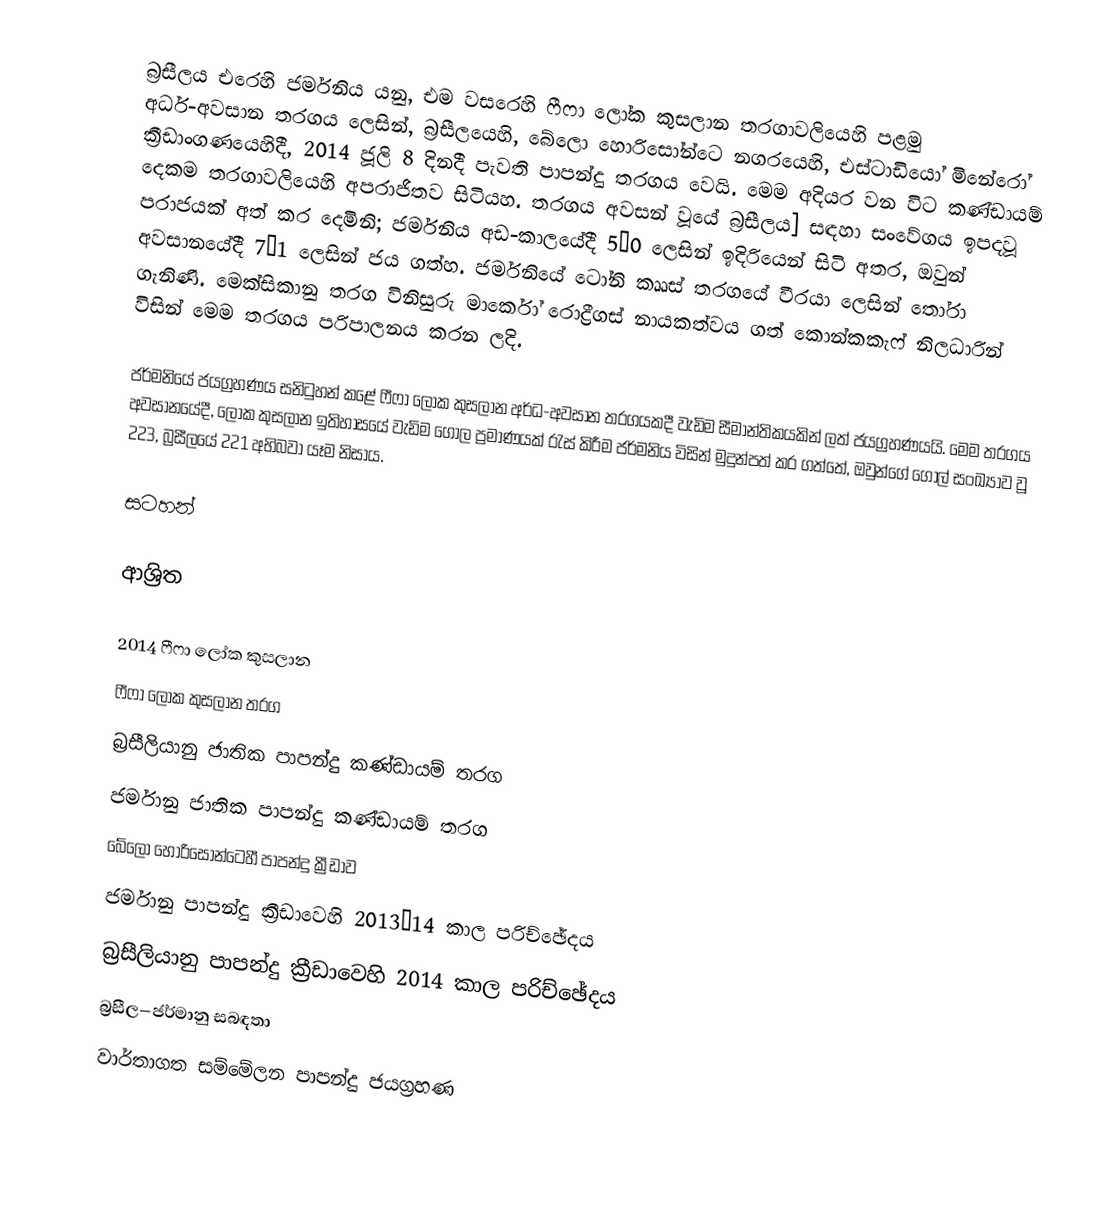
බ්‍රසීලය එරෙහි ජර්මනිය යනු, එම වසරෙහි ෆීෆා ලෝක කුසලාන තරගාවලියෙහි පළමු අර්ධ-අවසාන තරගය ලෙසින්, බ්‍රසීලයෙහි, බේලො හොරිසෝන්ටෙ නගරයෙහි, එස්ටාඩියෝ මිනේරෝ ක්‍රීඩාංගණයෙහිදී, 2014 ජූලි 8 දිනදී පැවති පාපන්දු තරගය වෙයි. මෙම අදියර වන විට කණ්ඩායම් දෙකම තරගාවලියෙහි අපරාජිතව සිටියහ. තරගය අවසන් වූයේ  බ්‍රසීලය] සඳහා සංවේගය ඉපදවූ පරාජයක් අත් කර දෙමිනි; ජර්මනිය අඩ-කාලයේදී 5–0 ලෙසින් ඉදිරියෙන් සිටි අතර, ඔවුන් අවසානයේදී 7–1 ලෙසින් ජය ගත්හ. ජර්මනියේ ටෝනි කෲස් තරගයේ වීරයා ලෙසින් තෝරා ගැනිණි. මෙක්සිකානු තරග විනිසුරු  මාර්කෝ රොද්‍රීගස් නායකත්වය ගත්  කොන්කකැෆ්  නිලධාරින් විසින් මෙම තරගය පරිපාලනය කරන ලදි.

ජර්මනියේ ජයග්‍රහණය සනිටුහන් කළේ ෆීෆා ලෝක කුසලාන අර්ධ-අවසාන තරගයකදී වැඩිම සීමාන්තිකයකින් ලත් ජයග්‍රහණයයි. මෙම තරගය අවසානයේදී, ලෝක කුසලාන ඉතිහාසයේ වැඩිම ගෝල ප්‍රමාණයක් රැස් කිරීම ජර්මනිය විසින් මුදුන්පත් කර ගත්තේ, ඔවුන්ගේ ගෝල් සංඛ්‍යාව වූ 223, බ්‍රසීලයේ 221 අභිබවා යෑම නිසාය.

සටහන්

ආශ්‍රිත

2014 ෆීෆා ලෝක කුසලාන
ෆීෆා ලෝක කුසලාන තරග
බ්‍රසීලියානු ජාතික පාපන්දු කණ්ඩායම් තරග
ජර්මානු ජාතික පාපන්දු කණ්ඩායම් තරග
 බේලො හොරිසෝන්ටෙහී පාපන්දු ක්‍රීඩාව
ජර්මානු පාපන්දු ක්‍රීඩාවෙහි 2013–14 කාල පරිච්ඡේදය
බ්‍රසීලියානු පාපන්දු ක්‍රීඩාවෙහි 2014 කාල පරිච්ඡේදය
බ්‍රසීල–ජර්මානු සබඳතා
වාර්තාගත සම්මේලන පාපන්දු ජයග්‍රහණ